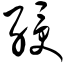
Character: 绶